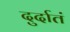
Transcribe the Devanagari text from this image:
दुर्दातं